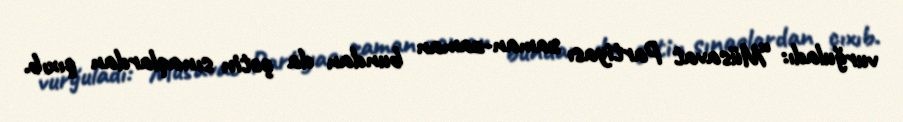
vurğuladı: “Müsavat Partiyası zaman-zaman bundan da çətin sınaqlardan çıxıb.